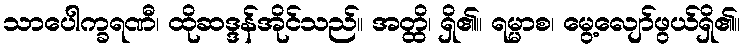
သာပေါက္ခရဏီ၊ ထိုဆဒ္ဒန်အိုင်သည်။ အတ္ထိ၊ ရှိ၏။ ရမ္မာစ၊ မွေ့လျော်ဖွယ်ရှိ၏။